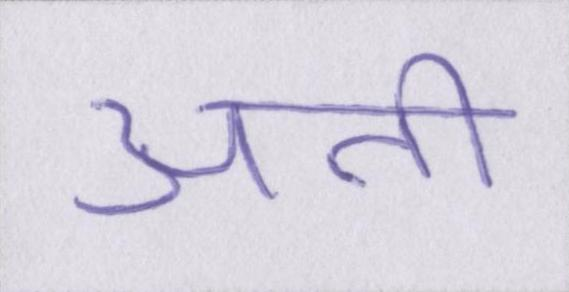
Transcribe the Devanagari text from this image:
अती